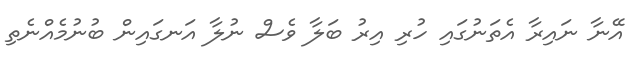
އޭނާ ނައިރާ އެތަނުގައި ހުރި އިރު ބަލާ ވެސް ނުލާ އަނގައިން ބުނުމެއްނެތި